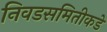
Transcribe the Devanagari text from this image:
निवडसमितीकडे